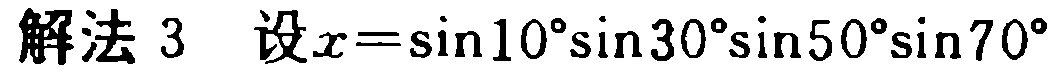
解法 3 设\(x = \sin10^{\circ}\sin30^{\circ}\sin50^{\circ}\sin70^{\circ}\)